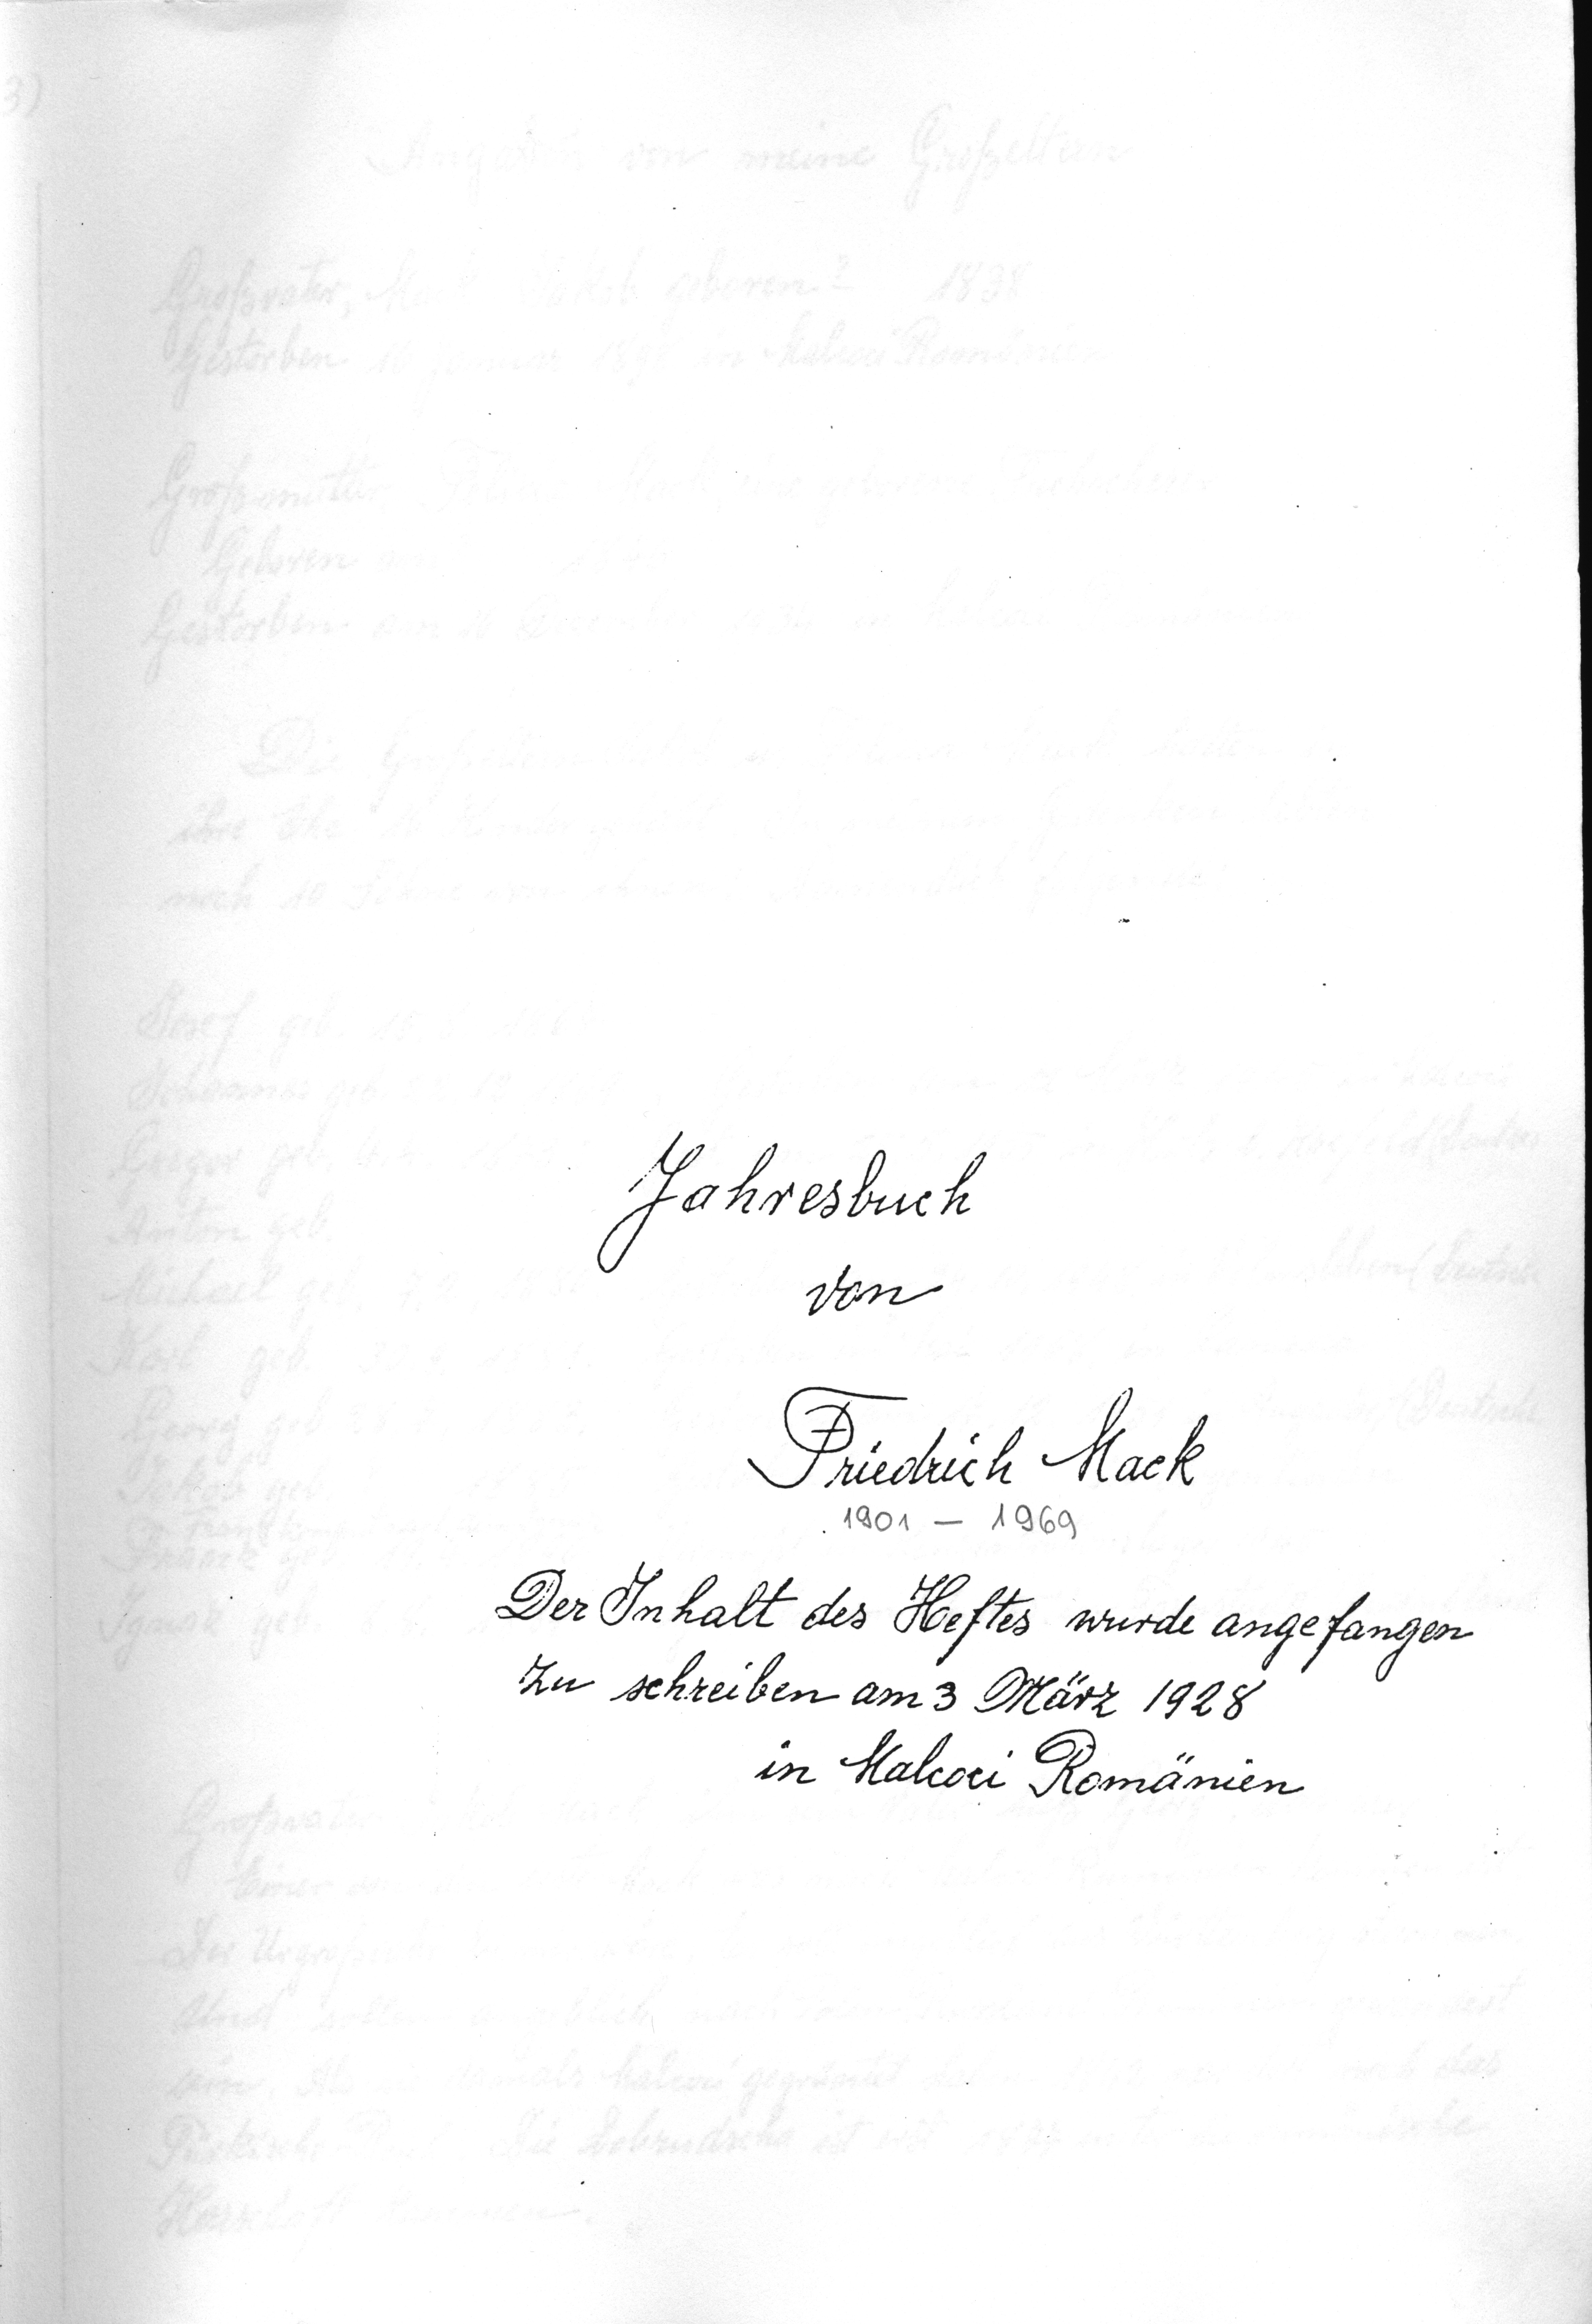
Jahresbuch
von

Friedrich Mack
1901 - 1969
Der Inhalt des Heftes wurde angefangen
zu schreiben am 3 März 1928
in Malcoci Romänien